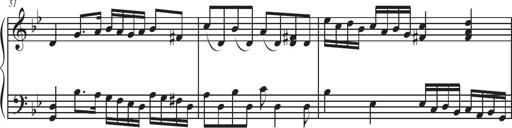
Title: Sonatina Espania
Composer: Jerald Franklin Archer
Key: Various